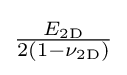
{\tfrac {E_{\mathrm {2D} }}{2(1-\nu _{\mathrm {2D} })}}